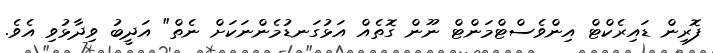
ފޮރިން ޑައިރެކްޓް އިންވެސްޓްމަންޓް ނޫން ގޮތެއް އަޅުގަނޑުމެންނަކަށް ނެތް" އަދީބު ވިދާޅުވި އެވެ.